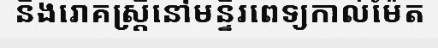
និងរោគស្ត្រីនៅមន្ទីរពេទ្យកាល់ម៉ែត